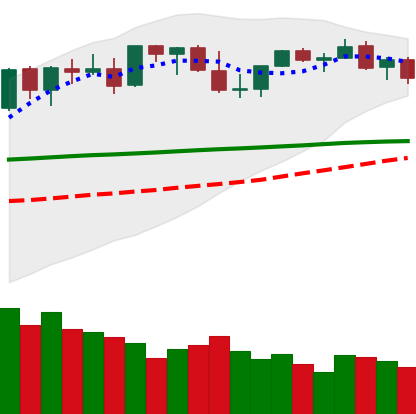
Ticker: ETH-USD
Chart end date: 2021-08-26
Forward return: 10.754%
Label: up_7plus